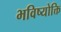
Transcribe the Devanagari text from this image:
भविष्योक्ति